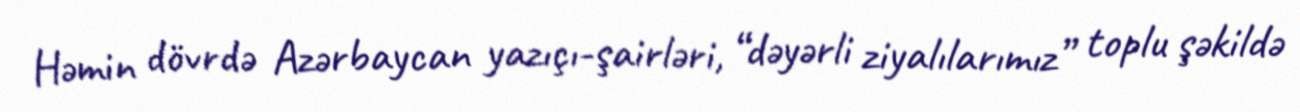
Həmin dövrdə Azərbaycan yazıçı-şairləri, “dəyərli ziyalılarımız” toplu şəkildə